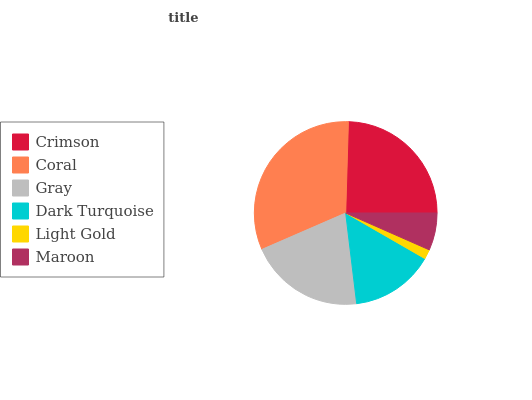
| Crimson | Coral | Gray | Dark Turquoise | Light Gold | Maroon |
 | --- | --- | --- | --- | --- | --- |
 | 24.5% | 32% | 20.4% | 14.8% | 1.7% | 6.61% |